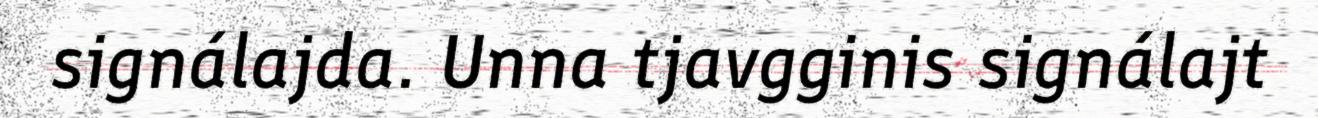
signálajda. Unna tjavgginis signálajt